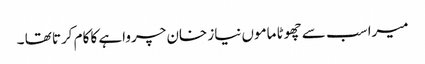
میرا سب سے چھوٹا ماموں نیاز خان چرواہے کا کام کرتا تھا ۔